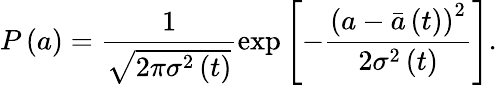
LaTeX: P\left(a\right)=\frac{1}{\sqrt{2\pi\sigma^{2}\left(t\right)}}\exp\left[-\frac{\left(a-\bar{a}\left(t\right)\right)^{2}}{2\sigma^{2}\left(t\right)}\right].